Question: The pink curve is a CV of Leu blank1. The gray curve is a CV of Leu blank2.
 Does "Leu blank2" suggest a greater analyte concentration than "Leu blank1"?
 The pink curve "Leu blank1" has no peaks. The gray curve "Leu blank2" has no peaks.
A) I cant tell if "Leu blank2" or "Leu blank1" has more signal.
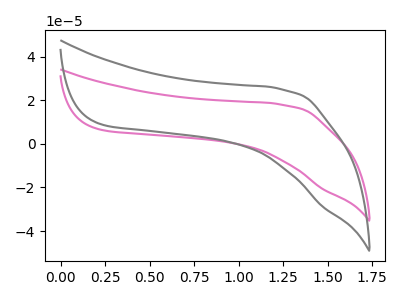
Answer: <think>Neither "Leu blank2" or "Leu blank1" have any peaks.
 </think>
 <answer>A) I cant tell if "Leu blank2" or "Leu blank1" has more signal.</answer>
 <eval>A</eval>